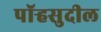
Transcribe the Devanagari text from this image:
पॉर्‍हसुदील